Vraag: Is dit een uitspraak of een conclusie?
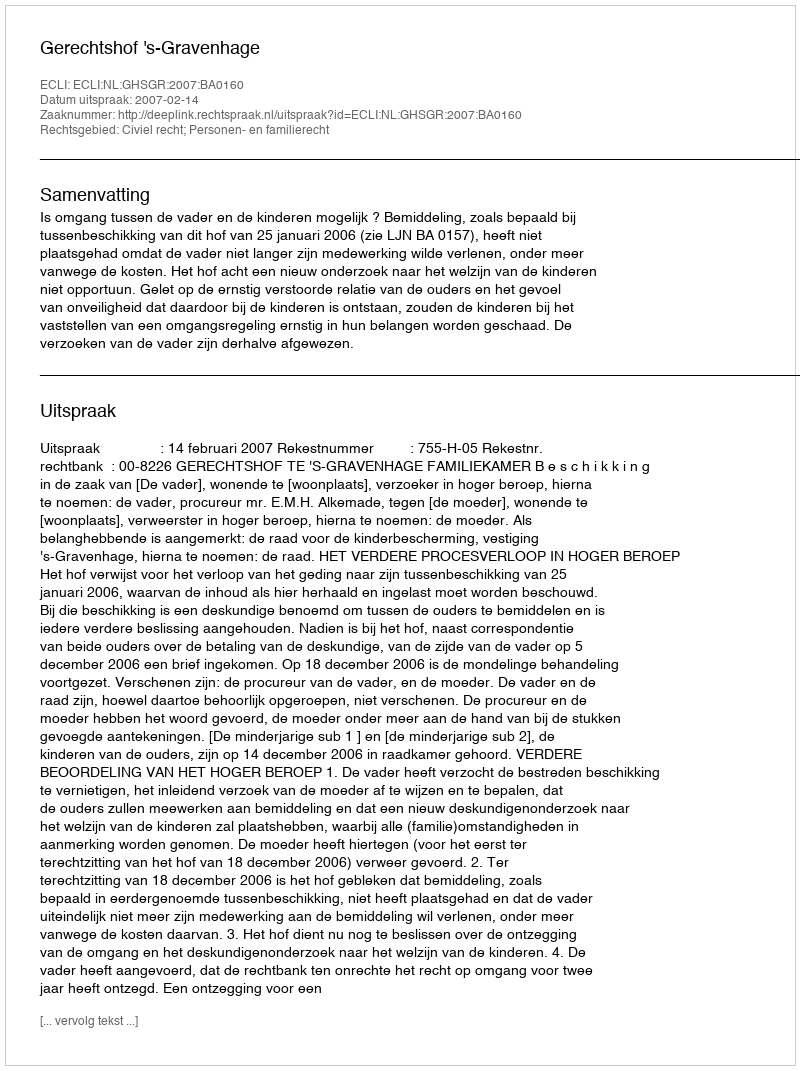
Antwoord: Uitspraak